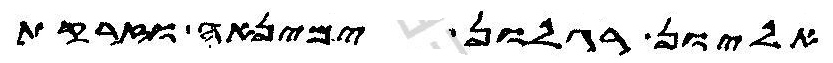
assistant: אליון רגלון ימינאה וזרקת